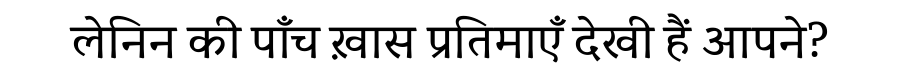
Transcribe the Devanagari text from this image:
लेनिन की पाँच ख़ास प्रतिमाएँ देखी हैं आपने?